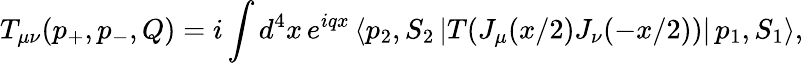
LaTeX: T_{\mu\nu}(p_{+},p_{-},Q)=i\int d^{4}x\, e^{iqx}\, \langle p_{2},S_{2}\, |T(J_{\mu}(x/2)J_{\nu}(-x/2))|\, p_{1},S_{1}\rangle,